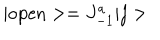
\vert \mathrm { o p e n } > = J _ { - 1 } ^ { a } \vert j >